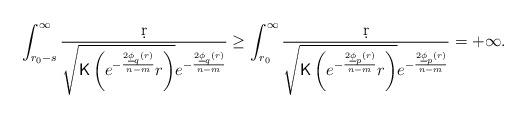
LaTeX: \begin{align*}\int_{r_0-s}^{\infty}\frac{\d r}{\sqrt{{\sf K}\left(e^{-\frac{2\underline{\phi}_q(r)}{n-m}}r\right)}e^{-\frac{2\underline{\phi}_q(r)}{n-m}}}&\geq\int_{r_0}^{\infty}\frac{\d r}{\sqrt{{\sf K}\left(e^{-\frac{2\underline{\phi}_p(r)}{n-m}}r\right)}e^{-\frac{2\underline{\phi}_p(r)}{n-m}}}=+\infty.\end{align*}